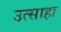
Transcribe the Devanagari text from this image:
उत्साहा